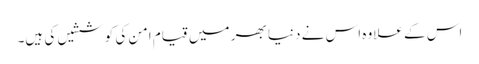
اس کے علاوہ اس نے دنیا بھر میں قیامِ امن کی کوششیں کی ہیں۔